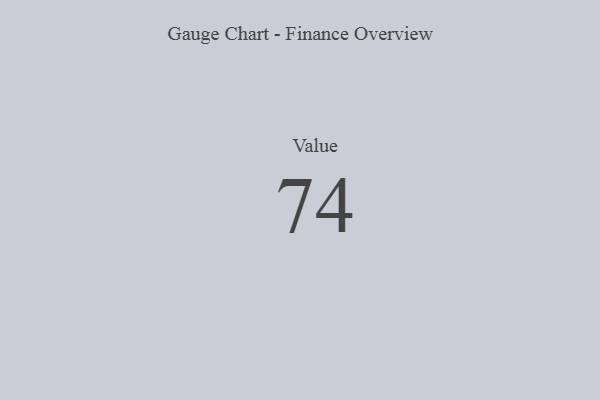
{"axis": {"x": "Metric", "y": "Value"}, "legend": [""], "data": [{"x": "Value", "y": 74, "type": ""}]}